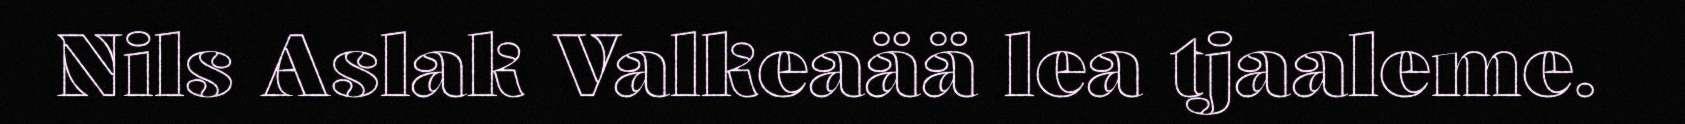
Nils Aslak Valkeaää lea tjaaleme.